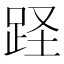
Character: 𨀃